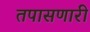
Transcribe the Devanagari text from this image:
तपासणारी